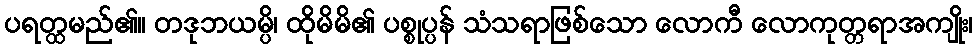
ပရတ္ထမည်၏။ တဒုဘယမ္ပိ၊ ထိုမိမိ၏ ပစ္စုပ္ပန် သံသရာဖြစ်သော လောကီ လောကုတ္တရာအကျိုး၊